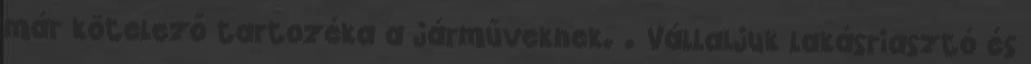
már kötelező tartozéka a járműveknek. . Vállaljuk lakásriasztó és